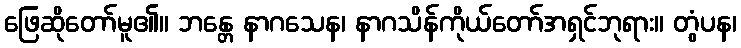
ဖြေဆိုတော်မူ၏။ ဘန္တေ နာဂသေန၊ နာဂသိန်ကိုယ်တော်အရှင်ဘုရား။ တွံပန၊